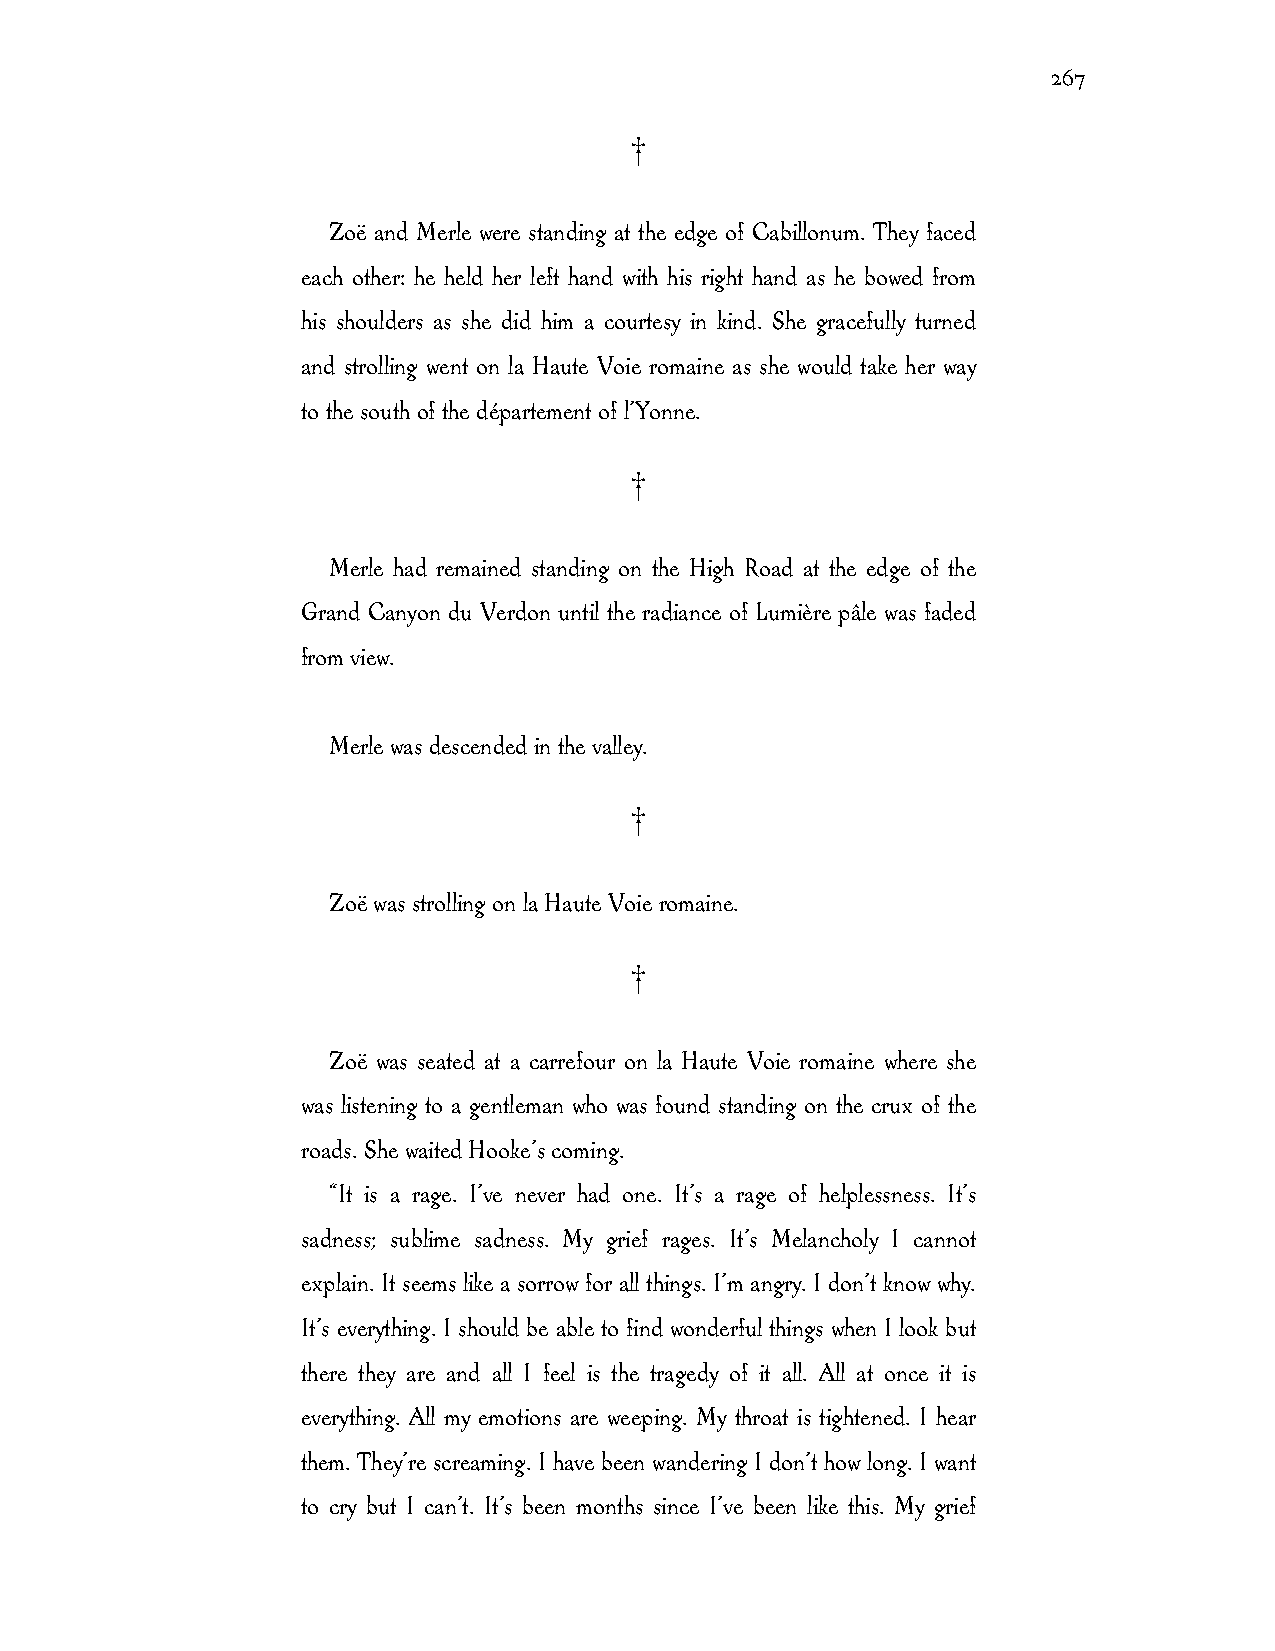
267
 †
 Zoë and Merle were standing at the edge of Cabillonum. They faced
 each other: he held her left hand with his right hand as he bowed from
 his shoulders as she did him a courtesy in kind. She gracefully turned
 and strolling went on la Haute Voie romaine as she would take her way
 to the south of the département of l’Yonne.
 †
 Merle had remained standing on the High Road at the edge of the
 Grand Canyon du Verdon until the radiance of Lumière pâle was faded
 from view.
 Merle was descended in the valley.
 †
 Zoë was strolling on la Haute Voie romaine.
 †
 Zoë was seated at a carrefour on la Haute Voie romaine where she
 was listening to a gentleman who was found standing on the crux of the
 roads. She waited Hooke’s coming.
 “It is a rage. I’ve never had one. It’s a rage of helplessness. It’s
 sadness; sublime sadness. My grief rages. It’s Melancholy I cannot
 explain. It seems like a sorrow for all things. I’m angry. I don’t know why.
 It’s everything. I should be able to find wonderful things when I look but
 there they are and all I feel is the tragedy of it all. All at once it is
 everything. All my emotions are weeping. My throat is tightened. I hear
 them. They’re screaming. I have been wandering I don’t how long. I want
 to cry but I can’t. It’s been months since I’ve been like this. My grief